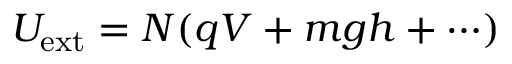
U _ { \mathrm { e x t } } = N ( q V + m g h + \cdots )